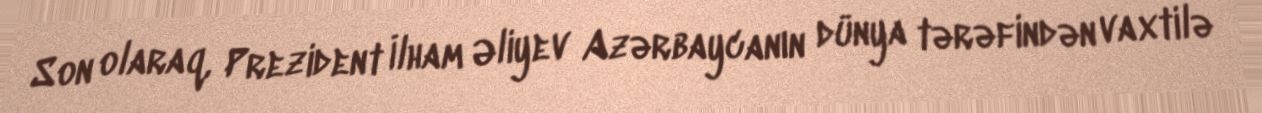
Son olaraq, Prezident İlham Əliyev Azərbaycanın dünya tərəfindən vaxtilə